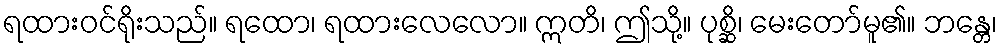
ရထားဝင်ရိုးသည်။ ရထော၊ ရထားလေလော။ ဣတိ၊ ဤသို့။ ပုစ္ဆိ၊ မေးတော်မူ၏။ ဘန္တေ၊